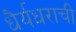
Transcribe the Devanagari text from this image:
धैर्यधराची